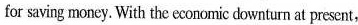
for saving money. With the economic downturn at present,